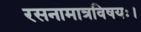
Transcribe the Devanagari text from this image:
रसनामात्रविषयः।